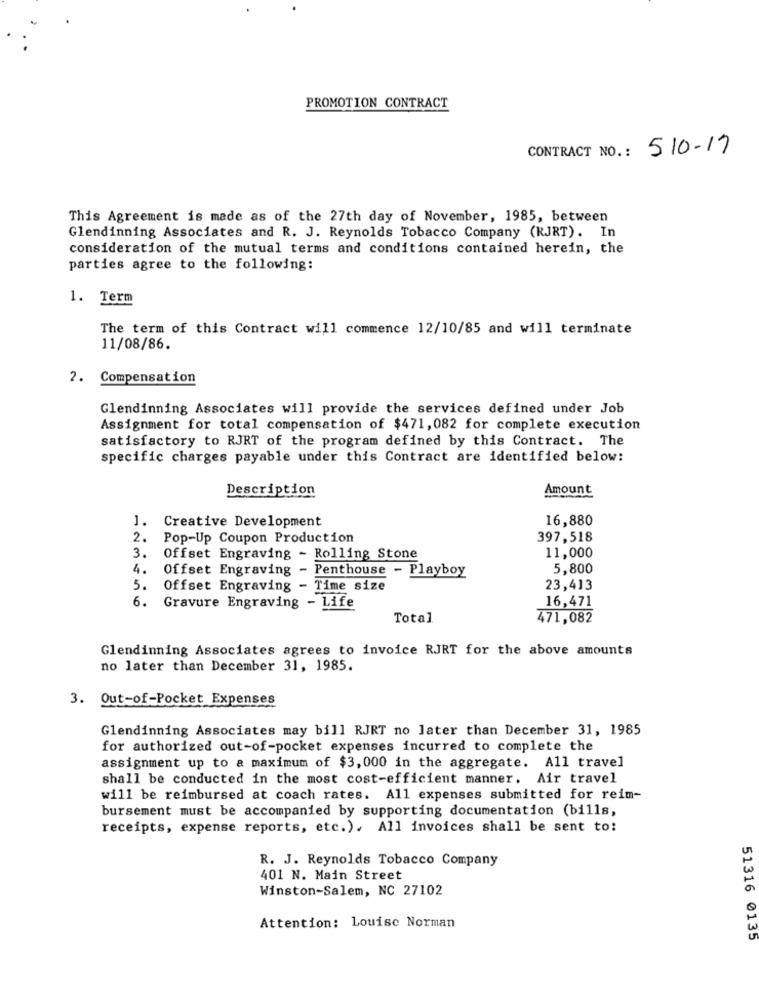
PROMOTION CONTRACT
CONTRACT NO .: 510-17
This Agreement is made as of the 27th day of November, 1985, between
Glendinning Associates and R. J. Reynolds Tobacco Company (RJRT). In
consideration of the mutual terms and conditions contained herein, the
parties agree to the following:
1. Term
The term of this Contract will commence 12/10/85 and will terminate
11/08/86.
2. Compensation
Glendinning Associates will provide the services defined under Job
Assignment for total compensation of $471, 082 for complete execution
satisfactory to RJRT of the program defined by this Contract. The
specific charges payable under this Contract are identified below:
Description
Amount
1. Creative Development
16,880
2. Pop-Up Coupon Production
397,518
3. Offset Engraving - Rolling Stone
11,000
4.
Offset Engraving - Penthouse - Playboy
5,800
5.
Offset Engraving - Time size
23,413
6.
Gravure Engraving - Life
16,471
Total
471,082
Glendinning Associates agrees to invoice RJRT for the above amounts
no later than December 31, 1985.
3. Out-of-Pocket Expenses
Glendinning Associates may bill RJRT no later than December 31, 1985
for authorized out-of-pocket expenses incurred to complete the
assignment up to a maximum of $3, 000 in the aggregate. All travel
shall be conducted in the most cost-efficient manner. Air travel
will be reimbursed at coach rates. All expenses submitted for reim-
bursement must be accompanied by supporting documentation (bills,
receipts, expense reports, etc.). All invoices shall be sent to:
R. J. Reynolds Tobacco Company
401 N. Main Street
Winston-Salem, NC 27102
Attention: Louise Norman
51316 0135